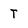
Character: T